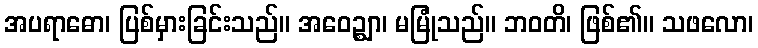
အပရာဓော၊ ပြစ်မှားခြင်းသည်။ အဝေဉ္ဈာ၊ မမြုံသည်။ ဘဝတိ၊ ဖြစ်၏။ သဖလော၊